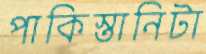
পাকিস্তানিটা